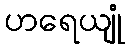
ဟရေယျုံ